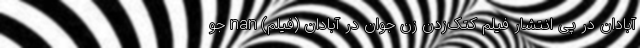
آبادان در پی انتشار فیلم کتک‌زدن زن جوان در آبادان (فیلم) nan جو